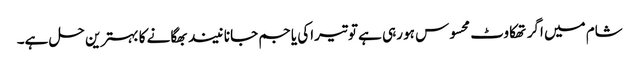
شام میں اگر تھکاوٹ محسوس ہو رہی ہے تو تیراکی یا جم جانا نیند بھگانے کا بہترین حل ہے۔